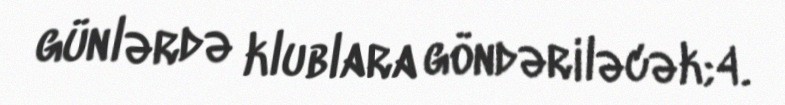
günlərdə klublara göndəriləcək;4.